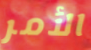
الأمر